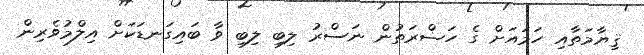
ޤިޔާމަތާއި ހަމައަށް ގެ ހަޟްރަތުން ނަސްރު ލިބި ލިބި ވާ ބައިގަނޑަކަށް އިލްމުވެރިން